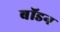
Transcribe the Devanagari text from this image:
बॉडन